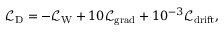
\mathcal { L } _ { \mathrm { D } } = - \mathcal { L } _ { \mathrm { W } } + 1 0 \mathcal { L } _ { \mathrm { g r a d } } + 1 0 ^ { - 3 } \mathcal { L } _ { \mathrm { d r i f t } } ,